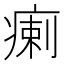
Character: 瘌